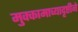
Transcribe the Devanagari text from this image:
मुक्कामाच्यादृष्टीने